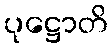
ပုဋ္ဌောတိ